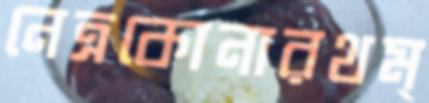
নেত্রকোনারথম্